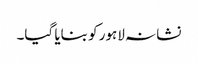
نشانہ لاہور کو بنایا گیا۔